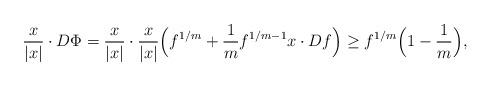
LaTeX: \begin{align*} \frac{x}{|x|}\cdot D\Phi= \frac{x}{|x|}\cdot \frac{x}{|x|}\Big(f^{1/m}+\frac{1}{m}f^{1/m-1}x\cdot Df\Big) \geq f^{1/m}\Big(1-\frac1{m}\Big), \end{align*}